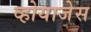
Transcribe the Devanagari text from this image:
व्होयाजेस